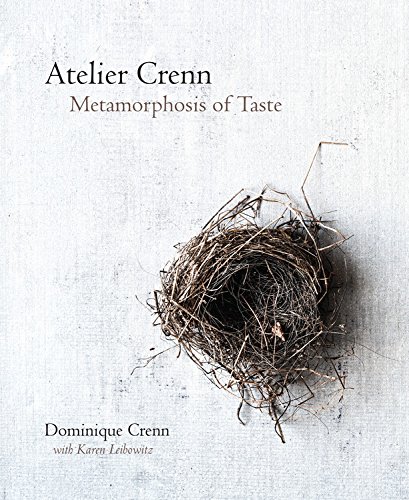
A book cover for Atelier Crenn: Metamorphosis of Taste; Dominique Crenn; Cookbooks, Food & Wine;